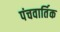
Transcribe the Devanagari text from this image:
पंचवार्तिक